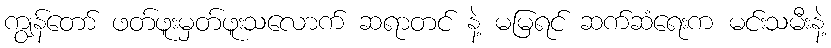
ကျွန်တော် ဖတ်ဖူးမှတ်ဖူးသလောက် ဆရာတင် နဲ့ မမြရင် ဆက်ဆံရေးက မင်းသမီးနဲ့